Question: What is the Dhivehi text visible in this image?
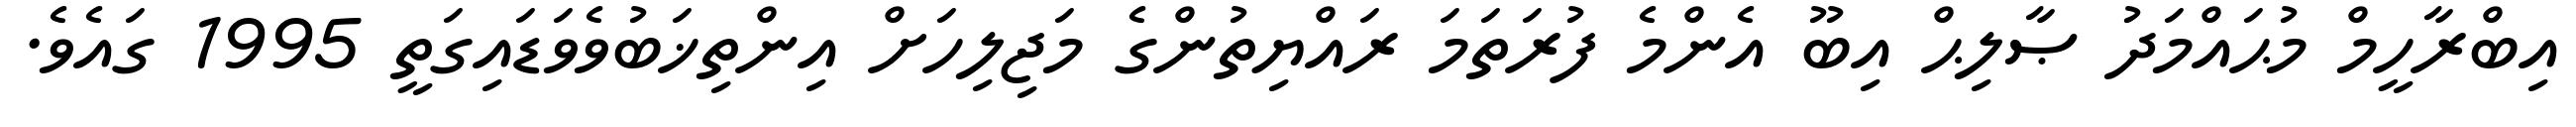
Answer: އިބްރާހީމް މުޙައްމަދު ޞާލިޙް އިބޫ އެންމެ ފުރަތަމަ ރައްޔިތުންގެ މަޖިލިހަށް އިންތިޚަބުވެވަޑައިގަތީ 1995 ގައެވެ.